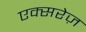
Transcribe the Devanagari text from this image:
एक्सरेज़